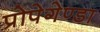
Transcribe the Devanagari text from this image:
प्रोपेगेण्डा